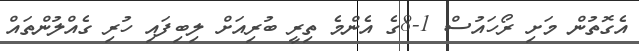
އެގޮތުން މަށި ރޯހައުސް 1-8ގެ އެންމެ ތިރީ ބުރިއަށް ލިބިފައި ހުރި ގެއްލުންތައް